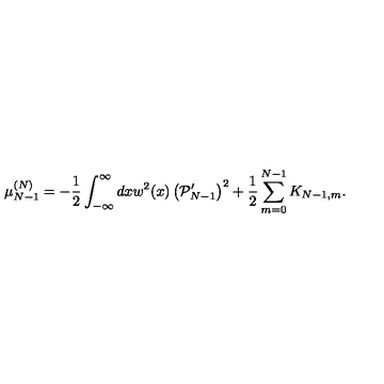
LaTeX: \mu _ { N - 1 } ^ { ( N ) } = - { \frac { 1 } { 2 } } \int _ { - \infty } ^ { \infty } d x w ^ { 2 } ( x ) \left( { \cal P } _ { N - 1 } ^ { \prime } \right) ^ { 2 } + { \frac { 1 } { 2 } } \sum _ { m = 0 } ^ { N - 1 } K _ { N - 1 , m } .